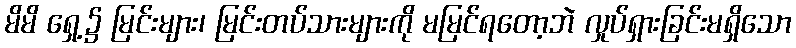
မိမိ ရှေ့၌ မြင်းများ၊ မြင်းတပ်သားများကို မမြင်ရတော့ဘဲ လှုပ်ရှားခြင်းမရှိသော